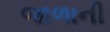
જાળાની